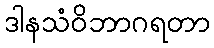
ဒါနသံဝိဘာဂရတာ